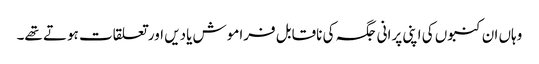
وہاں ان کنبوں کی اپنی پرانی جگہ کی ناقابل فراموش یادیں اور تعلقات ہوتے تھے۔